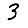
Digit: 3